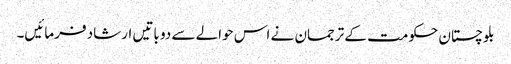
بلوچستان حکومت کے ترجمان نے اس حوالے سے دو باتیں ارشاد فرمائیں۔